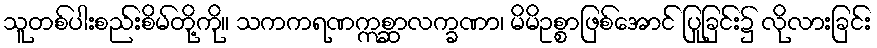
သူတစ်ပါးစည်းစိမ်တို့ကို။ သကကရဏဣစ္ဆာလက္ခဏာ၊ မိမိဥစ္စာဖြစ်အောင် ပြုခြင်း၌ လိုလားခြင်း